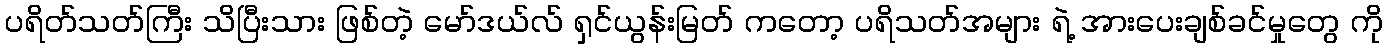
ပရိတ်သတ်ကြီး သိပြီးသား ဖြစ်တဲ့ မော်ဒယ်လ် ရှင်ယွန်းမြတ် ကတော့ ပရိသတ်အများ ရဲ့ အားပေးချစ်ခင်မှုတွေ ကို